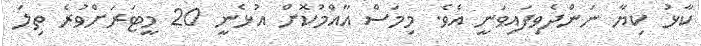
ކާޅު ކިޔާ ނަންދެވިފައިވަނީ އެވެ. މިމަސް އާއްމުކޮށް އުޅެނީ 20 މީޓަރަށްވުރެ ތިލަ